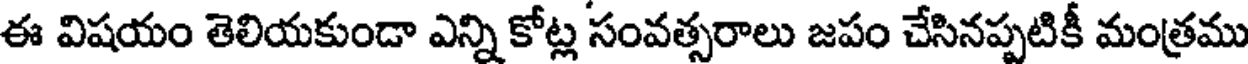
ఈ విషయం తెలియకుండా ఎన్ని కోట్ల సంవత్సరాలు జపం చేసినప్పటికీ మంత్రము